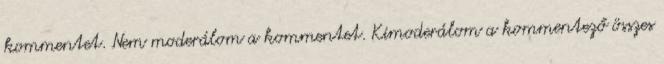
kommentet. Nem moderálom a kommentet. Kimoderálom a kommentező összes